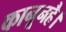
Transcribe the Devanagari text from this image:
कानूनहै।